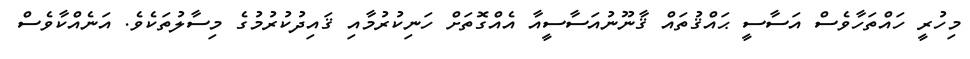
މިހުރީ ހައްތަހާވެސް އަސާސީ ޙައްޤުތައް ޤާނޫނުއަސާސީއާ އެއްގޮތަށް ހަނިކުރުމާއި ޤައިދުކުރުމުގެ މިސާލުތަކެވެ. އަނެއްކާވެސް